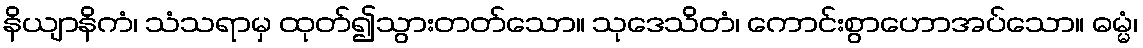
နိယျာနိကံ၊ သံသရာမှ ထုတ်၍သွားတတ်သော။ သုဒေသိတံ၊ ကောင်းစွာဟောအပ်သော။ ဓမ္မံ၊